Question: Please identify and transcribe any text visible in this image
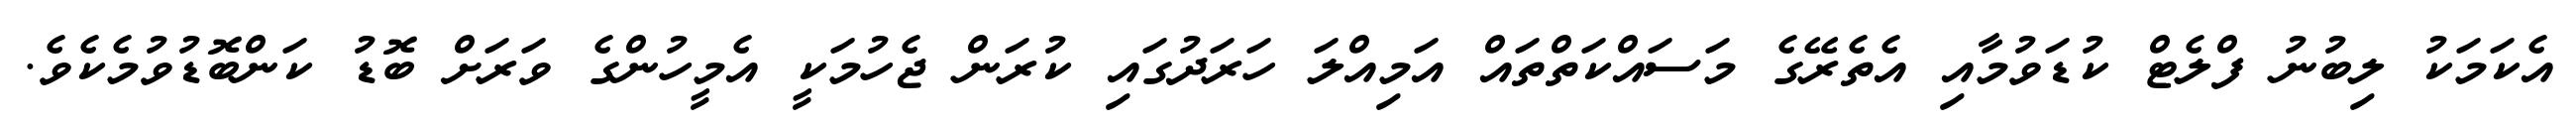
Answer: އެކަމަކު ލިބުނު ފްލެޓް ކުޑަވުމާއި އެތެރޭގެ މަސައްކަތްތައް އަމިއްލަ ހަރަދުގައި ކުރަން ޖެހުމަކީ އެމީހުންގެ ވަރަށް ބޮޑު ކަންބޮޑުވުމެކެވެ.